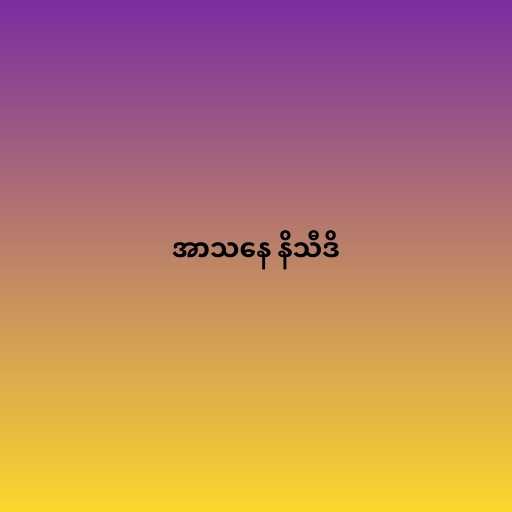
အာသနေ နိသီဒိ